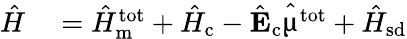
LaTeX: \begin{array}{rl}{\hat{H}}&{{}=\hat{H}_{\mathrm{m}}^{\mathrm{tot}}+\hat{H}_{\mathrm{c}}-\hat{\mathrm{\mathbf{E}}}_{\mathrm{c}}\hat{\mathbf{\upmu}}^{\mathrm{tot}}+\hat{H}_{\mathrm{sd}}}\end{array}